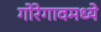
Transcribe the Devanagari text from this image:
गोरेगावमध्ये